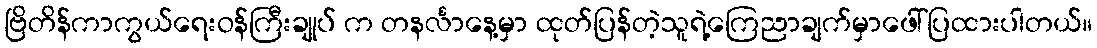
ဗြိတိန်ကာကွယ်ရေးဝန်ကြီးချုပ် က တနင်္လာနေ့မှာ ထုတ်ပြန်တဲ့သူရဲ့ကြေညာချက်မှာဖေါ်ပြထားပါတယ်။